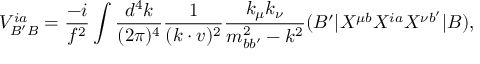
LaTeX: V _ { B ^ { \prime } B } ^ { i a } = \frac { - i } { f ^ { 2 } } \int \frac { d ^ { 4 } k } { ( 2 \pi ) ^ { 4 } } \frac { 1 } { ( k \cdot v ) ^ { 2 } } \frac { k _ { \mu } k _ { \nu } } { m _ { b b ^ { \prime } } ^ { 2 } - k ^ { 2 } } ( B ^ { \prime } | X ^ { \mu b } X ^ { i a } X ^ { \nu b ^ { \prime } } | B ) ,